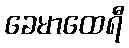
ခေမာထေရီ